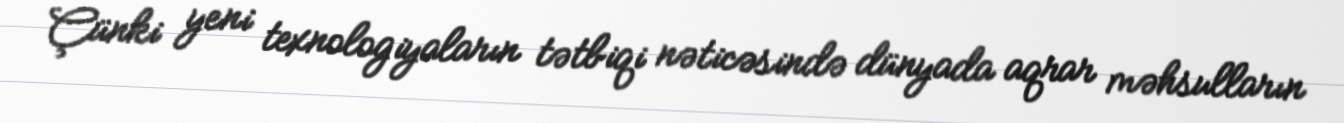
Çünki yeni texnologiyaların tətbiqi nəticəsində dünyada aqrar məhsulların